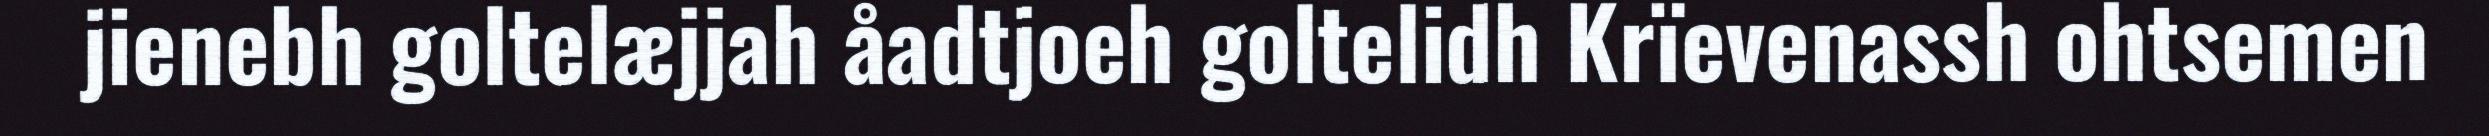
jienebh goltelæjjah åadtjoeh goltelidh Krïevenassh ohtsemen